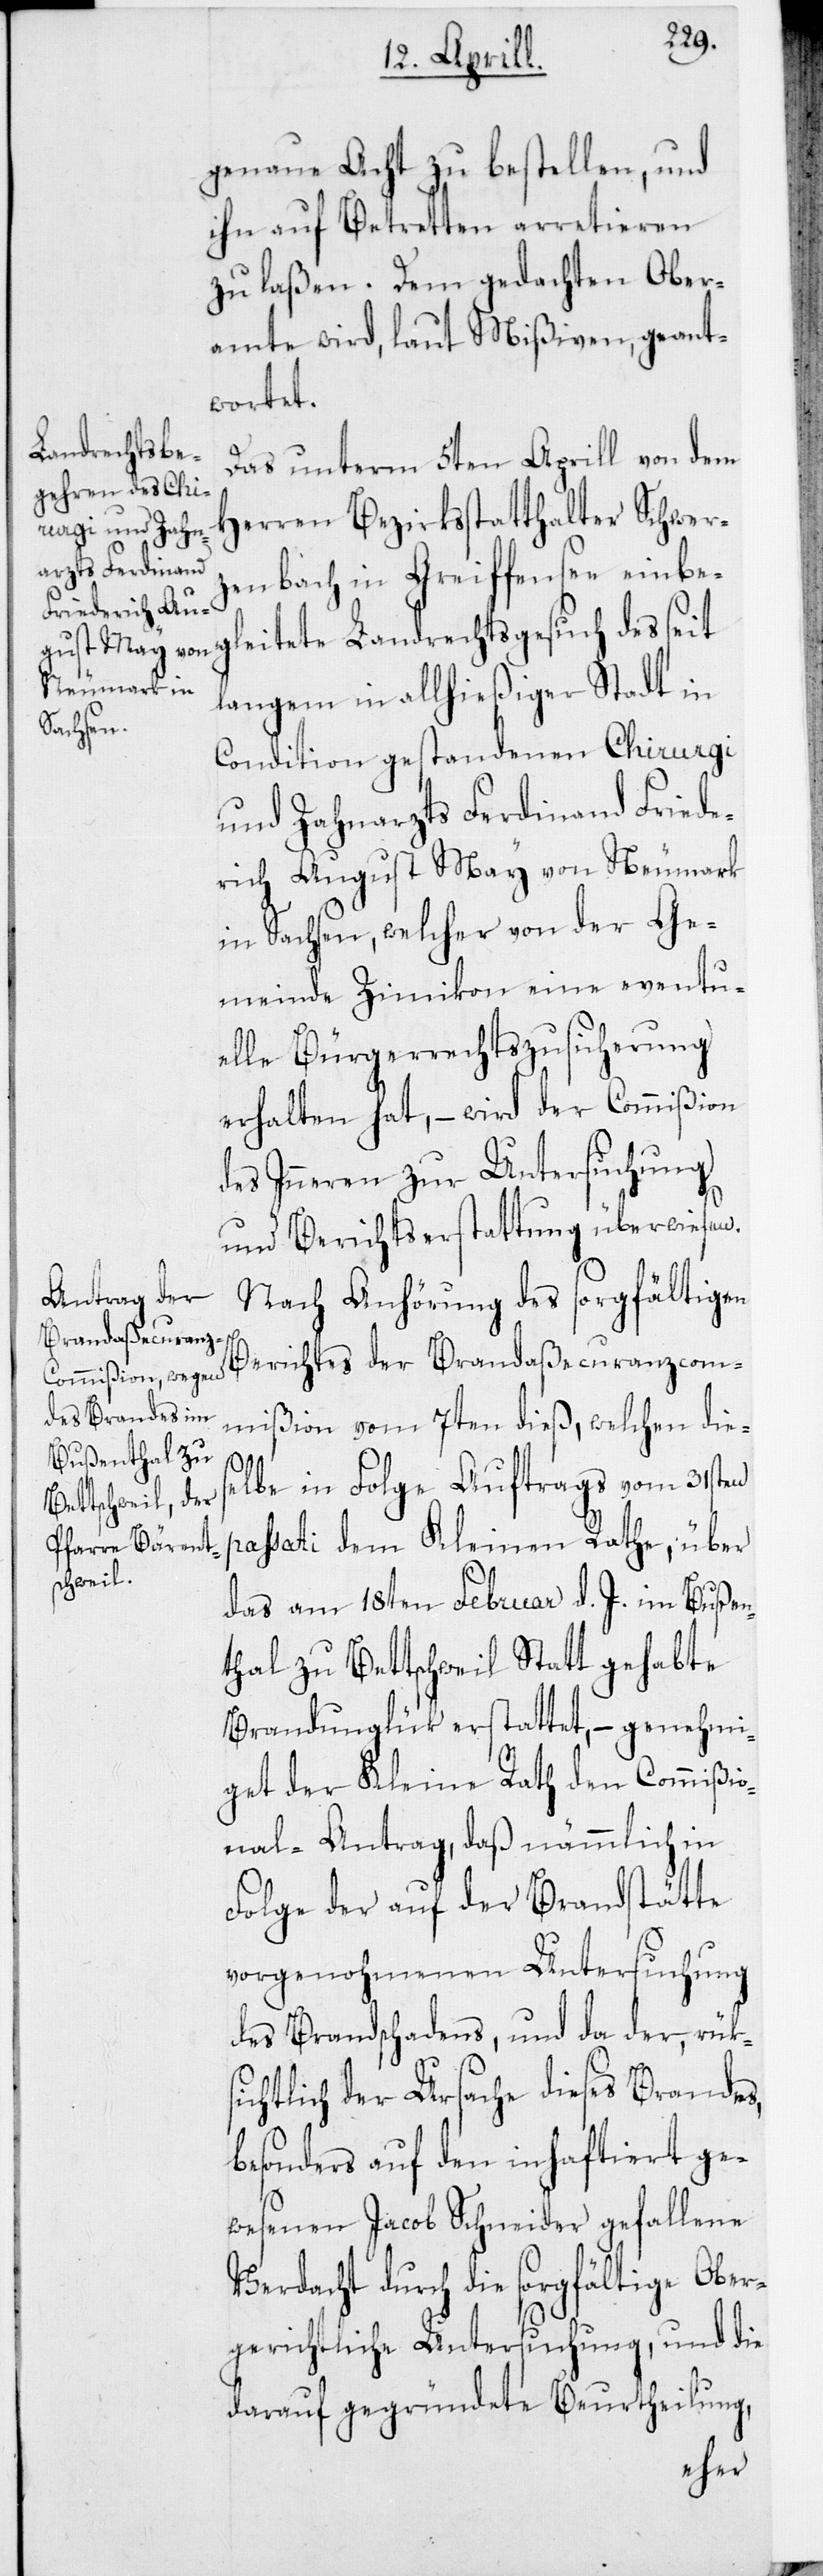
genaue Acht zu bestellen, und
ihn auf Betretten arretieren
zu laßen. Dem gedachten Ober¬
amte wird, laut Mißiven, geant¬
wortet.
Das unterm 5ten Aprill von dem
Herren Bezirksstatthalter Schwer¬
zenbach in Greiffensee einbe¬
gleitete Landrechtsgesuch des seit
langem in allhießiger Stadt in
Condition gestandenen Chirurgi
und Zahnarzts Ferdinand Friede¬
rich August May von Neumark
in Sachsen, welcher von der Ge¬
meinde Zimikon eine eventu¬
elle Bürgerrechts-Zusicherung
erhalten hat, – wird der Commißion
des Inneren zur Untersuchung
und Berichtserstattung überwiesen.
Nach Anhörung des sorgfältigen
Berichtes der Brandaßecurranzcom¬
mißion vom 7ten dieß, welchen dies¬
elbe in Folge Auftrags vom 31sten
passati dem Kleinen Rathe, über
das am 18ten Februar d. J. im Buß¬
thal zu Bettschweil Statt gehabte
Brandunglük erstattet, – genehmi¬
get der Kleine Rath den Commißio¬
nal-Antrag, daß nämmlich in
Folge der auf der Brandstätte
vorgenohmenen Untersuchung
des Brandschadens, und da der, rüks¬
ichtlich der Ursache dieses Brandes,
besonders auf den inhaftiert ge¬
wesenen Jacob Schneider gefallene
Verdacht durch die sorgfältige Ober¬
gerichtliche Untersuchung, und die
darauf gegründete Beurtheilung